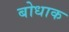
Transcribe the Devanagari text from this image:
बोधाक